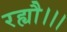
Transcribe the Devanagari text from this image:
रह्यौ।।।